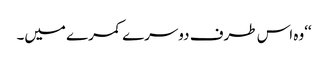
‘‘وہ اس طرف دوسرے کمرے میں۔